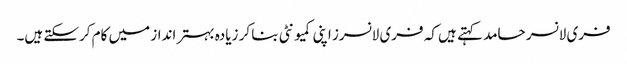
فری لانسر حامد کہتے ہیں کہ فری لانسرز اپنی کمیونٹی بنا کر زیادہ بہتر انداز میں کام کرسکتے ہیں۔